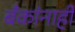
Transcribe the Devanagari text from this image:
बँकांनाही